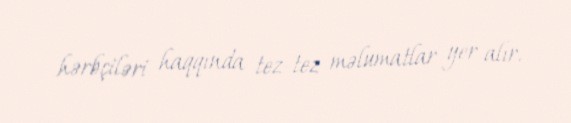
hərbçiləri haqqında tez-tez məlumatlar yer alır.